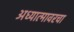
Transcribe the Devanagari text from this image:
अध्यात्मावरचा